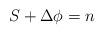
LaTeX: \begin{align*}S + \Delta \phi = n\end{align*}